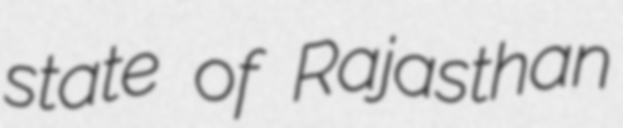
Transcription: state of Rajasthan